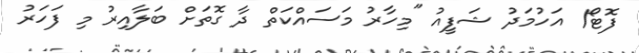
ފޮޓޯ/ އަހުމަދު ޝަފީއު "މިހާރު މަސައްކަތް ދާ ގޮތަށް ބަލާއިރު މި ފަހަރު